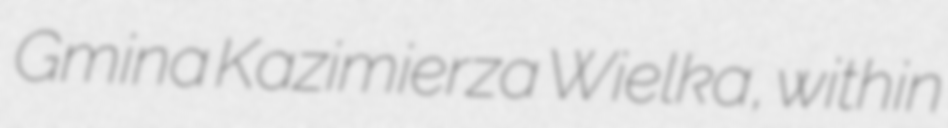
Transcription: Gmina Kazimierza Wielka, within